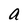
Character: a